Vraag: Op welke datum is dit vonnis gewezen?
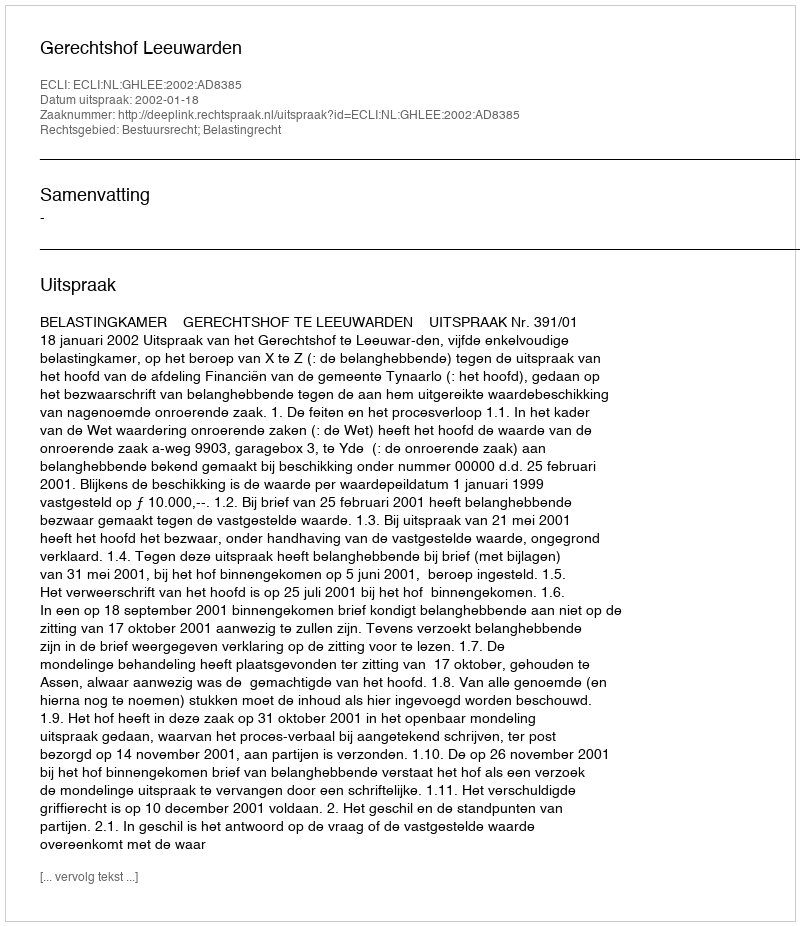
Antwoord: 2002-01-18